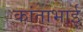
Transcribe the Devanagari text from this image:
कांताभाई